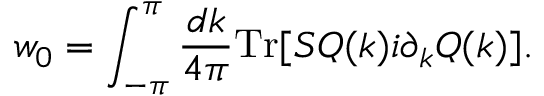
w _ { 0 } = \int _ { - \pi } ^ { \pi } \frac { d k } { 4 \pi } \mathrm { T r } [ { \cal S } { \cal Q } ( k ) i \partial _ { k } { \cal Q } ( k ) ] .